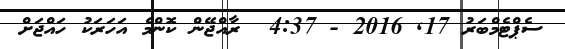
ސެޕްޓެމްބަރު 17